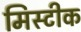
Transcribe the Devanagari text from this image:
मिस्टीक